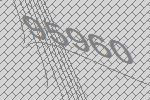
95960